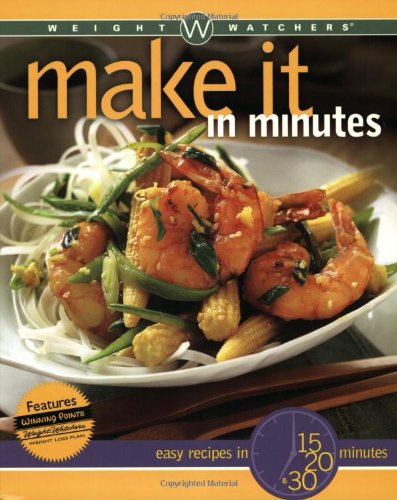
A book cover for Weight Watchers Make It in Minutes: Easy Recipes in 15, 20, and 30 Minutes; Weight Watchers; Health, Fitness & Dieting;